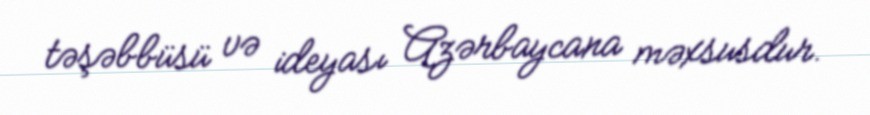
təşəbbüsü və ideyası Azərbaycana məxsusdur.